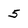
Character: 5